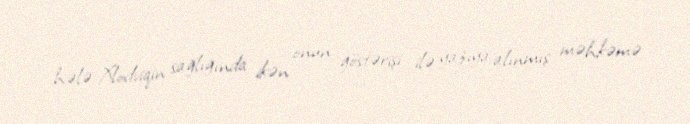
hələ Xlodviqin sağlığında ikən onun göstərişi ilə yazıya alınmış məhkəmə